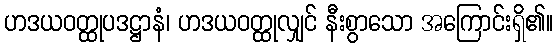
ဟဒယဝတ္ထုပဒဋ္ဌာနံ၊ ဟဒယဝတ္ထုလျှင် နီးစွာသော အကြောင်းရှိ၏။